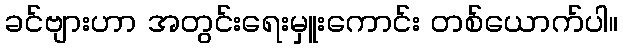
ခင်ဗျားဟာ အတွင်းရေးမှူးကောင်း တစ်ယောက်ပါ။